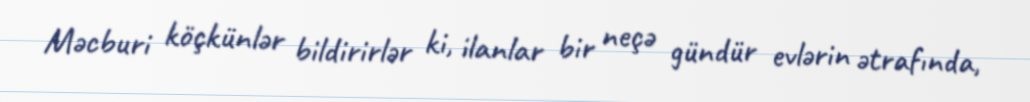
Məcburi köçkünlər bildirirlər ki, ilanlar bir neçə gündür evlərin ətrafında,